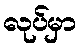
လုပ်မှာ